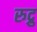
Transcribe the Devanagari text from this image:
रुद्रु